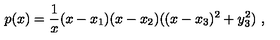
p ( x ) = { \frac { 1 } { x } } ( x - x _ { 1 } ) ( x - x _ { 2 } ) ( ( x - x _ { 3 } ) ^ { 2 } + y _ { 3 } ^ { 2 } ) \ ,